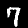
Digit: 7